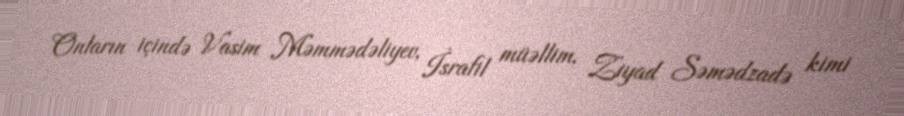
Onların içində Vasim Məmmədəliyev, İsrafil müəllim, Ziyad Səmədzadə kimi